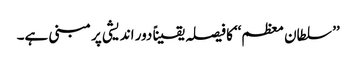
’’ سلطان معظم‘‘کا فیصلہ یقیناً دور اندیشی پر مبنی ہے۔